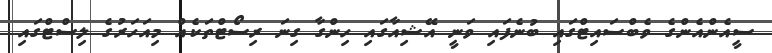
ސީއެންއެންގެ ވެބްސައިޓްގައި ބުނެފައި ވަނީ އޭޝިއާގައި ހިންގާ ގިނަ ރިސޯޓްތަކެއް މިއަހަރުގެ ލިސްޓްގައި